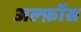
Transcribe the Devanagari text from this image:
अल्फ़ोंस